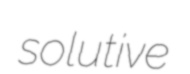
solutive